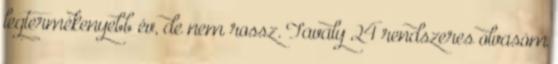
legtermékenyebb év, de nem rossz. Tavaly 24 rendszeres olvasóm